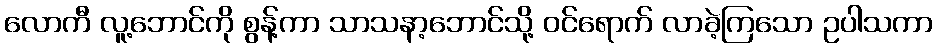
လောကီ လူ့ဘောင်ကို စွန့်ကာ သာသနာ့ဘောင်သို့ ဝင်ရောက် လာခဲ့ကြသော ဥပါသကာ